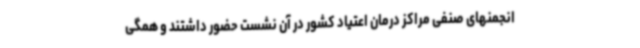
انجمنهای صنفی مراکز درمان اعتیاد کشور در آن نشست حضور داشتند و همگی